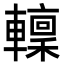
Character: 𨎹